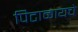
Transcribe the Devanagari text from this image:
पिटाळायचे